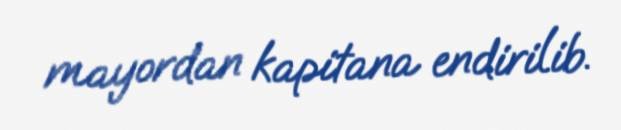
mayordan kapitana endirilib.